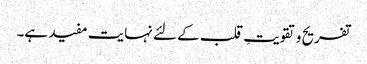
تفریح و تقویتِ قلب کے لئے نہایت مفید ہے۔